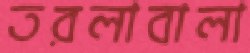
তরলাবালা